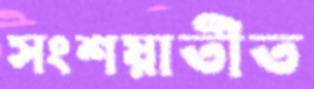
সংশয়াতীত